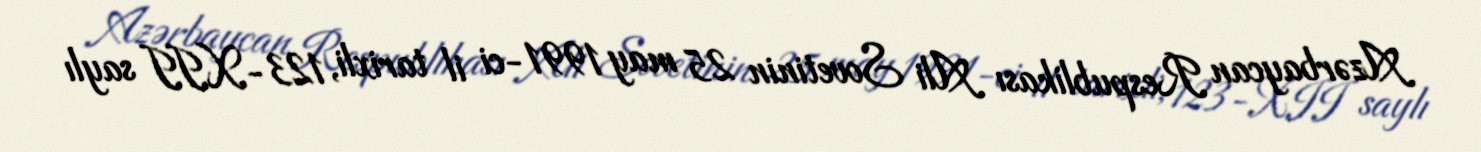
Azərbaycan Respublikası Ali Sovetinin 25 may 1991-ci il tarixli, 123-XII saylı